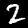
Digit: 2